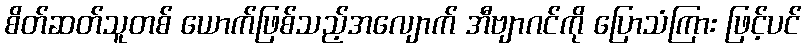
စိတ်ဆတ်သူတစ် ယောက်ဖြစ်သည့်အလျောက် အီဗျာဂင်ကို ပြောသံကြား ဖြင့်ပင်